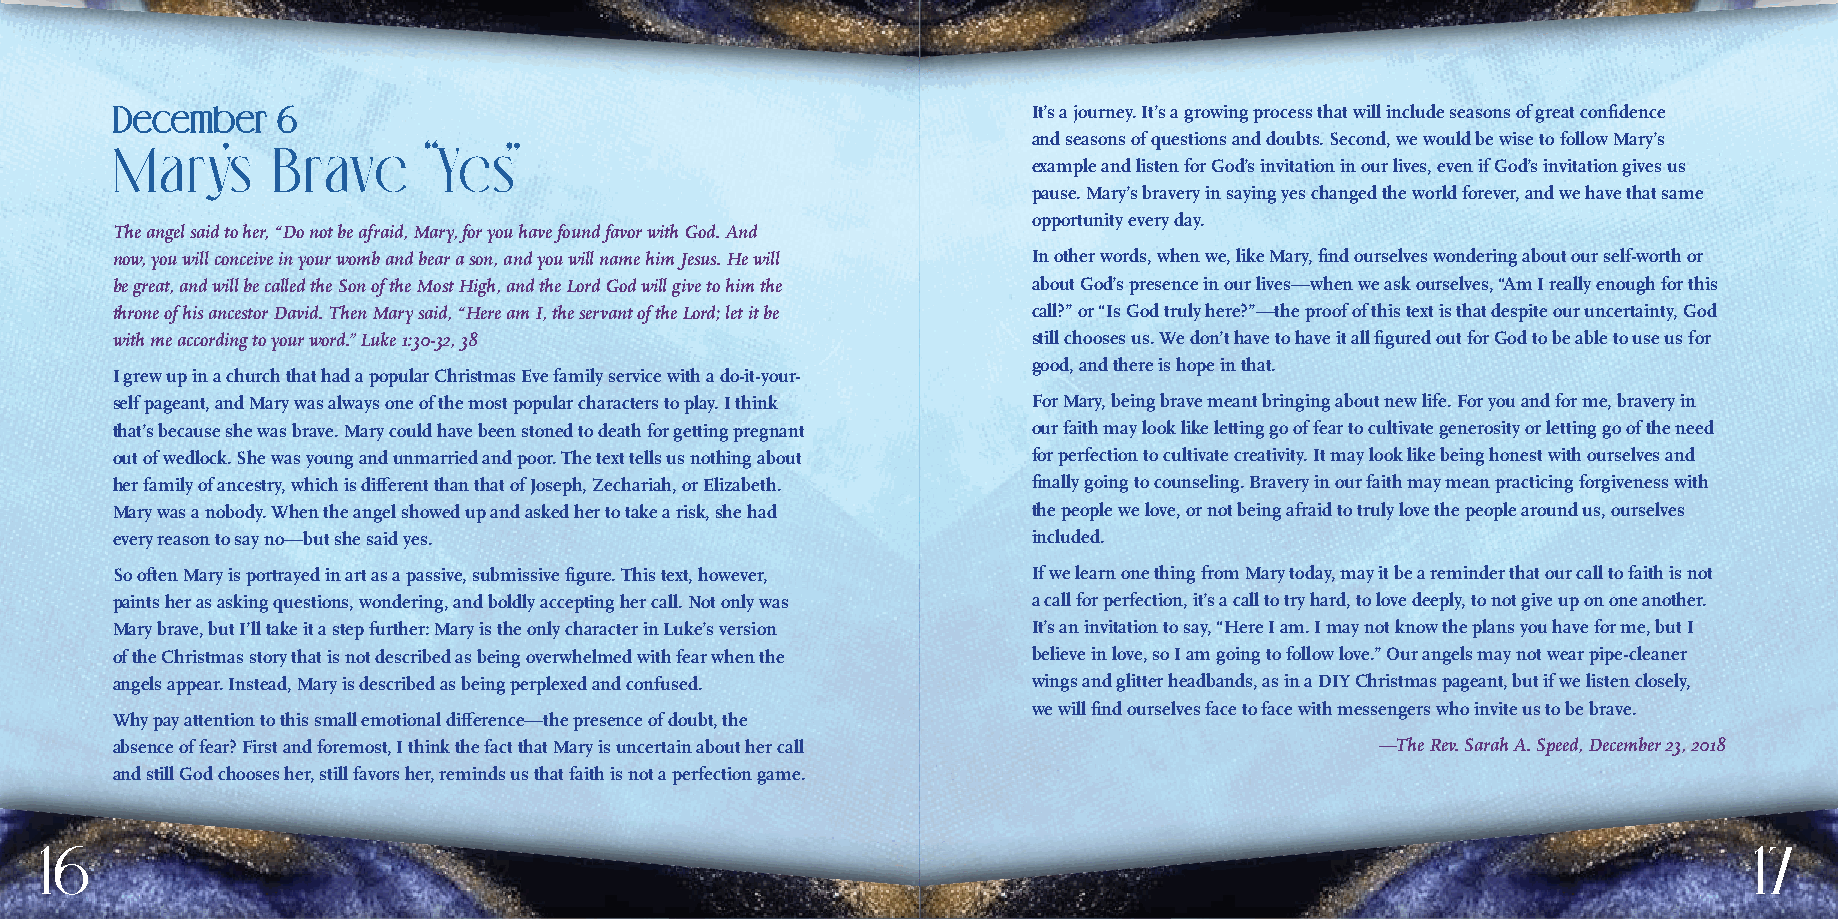
DDeecceemmbbeerr 66                                          It’s a journey. It’s a growing process that will include seasons of great confidence
 and seasons of questions and doubts. Second, we would be wise to follow Mary’s
 Mary’s     Brave     “Yes”
 example and listen for God’s invitation in our lives, even if God’s invitation gives us
 pause. Mary’s bravery in saying yes changed the world forever, and we have that same
 opportunity every day.
 The angel said to her, “Do not be afraid, Mary, for you have found favor with God. And
 now, you will conceive in your womb and bear a son, and you will name him Jesus. He will In other words, when we, like Mary, find ourselves wondering about our self-worth or
 be great, and will be called the Son of the Most High, and the Lord God will give to him the about God’s presence in our lives—when we ask ourselves, “Am I really enough for this
 throne of his ancestor David. Then Mary said, “Here am I, the servant of the Lord; let it be call?” or “Is God truly here?”—the proof of this text is that despite our uncertainty, God
 with me according to your word.” Luke 1:30-32, 38            still chooses us. We don’t have to have it all figured out for God to be able to use us for
 good, and there is hope in that.
 I grew up in a church that had a popular Christmas Eve family service with a do-it-your-
 self pageant, and Mary was always one of the most popular characters to play. I think For Mary, being brave meant bringing about new life. For you and for me, bravery in
 that’s because she was brave. Mary could have been stoned to death for getting pregnant our faith may look like letting go of fear to cultivate generosity or letting go of the need
 out of wedlock. She was young and unmarried and poor. The text tells us nothing about for perfection to cultivate creativity. It may look like being honest with ourselves and
 her family of ancestry, which is different than that of Joseph, Zechariah, or Elizabeth. finally going to counseling. Bravery in our faith may mean practicing forgiveness with
 Mary was a nobody. When the angel showed up and asked her to take a risk, she had the people we love, or not being afraid to truly love the people around us, ourselves
 every reason to say no—but she said yes.                     included.
 So often Mary is portrayed in art as a passive, submissive figure. This text, however, If we learn one thing from Mary today, may it be a reminder that our call to faith is not
 paints her as asking questions, wondering, and boldly accepting her call. Not only was a call for perfection, it’s a call to try hard, to love deeply, to not give up on one another.
 Mary brave, but I’ll take it a step further: Mary is the only character in Luke’s version It’s an invitation to say, “Here I am. I may not know the plans you have for me, but I
 of the Christmas story that is not described as being overwhelmed with fear when the believe in love, so I am going to follow love.” Our angels may not wear pipe-cleaner
 angels appear. Instead, Mary is described as being perplexed and confused. wings and glitter headbands, as in a DIY Christmas pageant, but if we listen closely,
 we will find ourselves face to face with messengers who invite us to be brave.
 Why pay attention to this small emotional difference—the presence of doubt, the
 absence of fear? First and foremost, I think the fact that Mary is uncertain about her call —The Rev. Sarah A. Speed, December 23, 2018
 and still God chooses her, still favors her, reminds us that faith is not a perfection game.
 16                                                                                                               17